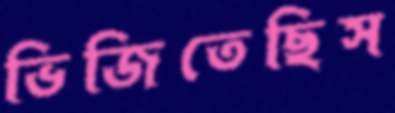
ভিজিতেছিস